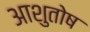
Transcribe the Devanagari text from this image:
अाशुतोष